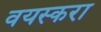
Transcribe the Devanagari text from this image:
वयस्करा